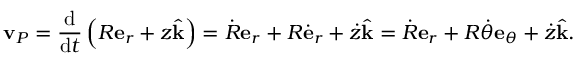
\mathbf { v } _ { P } = { \frac { \mathrm { d } } { { \mathrm { d } } t } } \left( R \mathbf { e } _ { r } + z { \hat { \mathbf { k } } } \right) = { \dot { R } } \mathbf { e } _ { r } + R { \dot { \mathbf { e } } } _ { r } + { \dot { z } } { \hat { \mathbf { k } } } = { \dot { R } } \mathbf { e } _ { r } + R { \dot { \theta } } \mathbf { e } _ { \theta } + { \dot { z } } { \hat { \mathbf { k } } } .